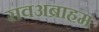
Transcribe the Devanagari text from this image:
रावअब्राहम